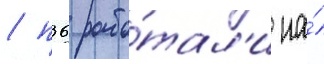
/ п36 рабо́тал'и на́